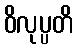
ဝိလုပ္ပတိ